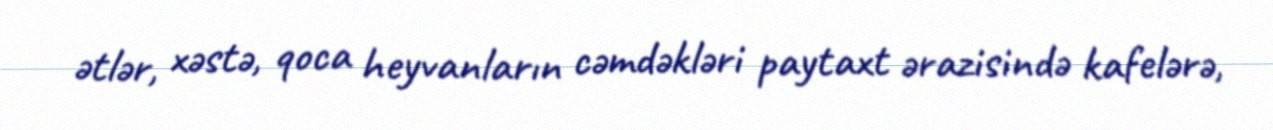
ətlər, xəstə, qoca heyvanların cəmdəkləri paytaxt ərazisində kafelərə,